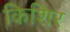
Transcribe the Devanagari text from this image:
किशिर